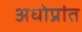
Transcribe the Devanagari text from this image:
अधोप्रांत